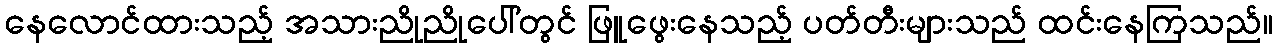
နေလောင်ထားသည့် အသားညိုညိုပေါ်တွင် ဖြူဖွေးနေသည့် ပတ်တီးများသည် ထင်းနေကြသည်။